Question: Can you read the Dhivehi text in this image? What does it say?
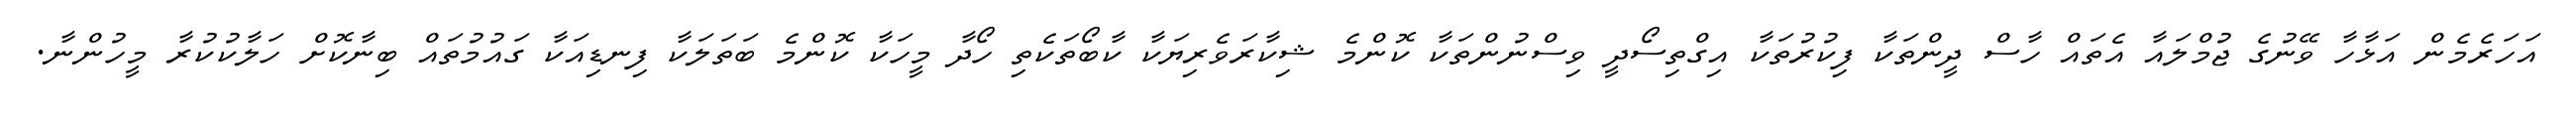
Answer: އަހަރެމެން އަޅާހާ ވޭނުގެ ޖުމްލައާ އެތައް ހާސް ދީންތަކާ ފިކުރުތަކާ އިގްތިސޯދީ ވިސްނުންތަކާ ކޮންމެ ޝިކާރަވެރިޔަކާ ކާބޯތަކެތި ހޯދާ މީހަކާ ކޮންމެ ބަތަލަކާ ފިނޑިއަކާ ގައުމުތައް ބިނާކޮށް ހަލާކުކުރާ މީހުންނާ.